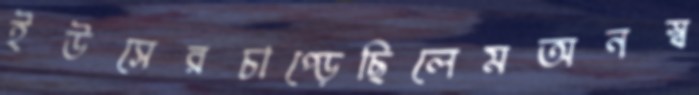
ইউসেরচাপ্‌ড়েছিলেমঅনস্ব